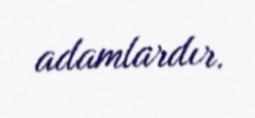
adamlardır.